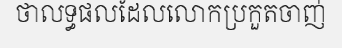
ថាលទ្ធផលដែលលោកប្រកួតចាញ់